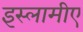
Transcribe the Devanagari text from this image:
इस्लामीए